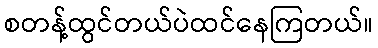
စတန့်ထွင်တယ်ပဲထင်နေကြတယ်။